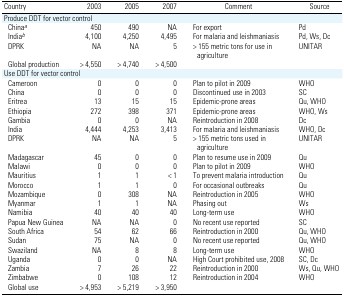
| Country | 2003 | 2005 | 2007 | Comment | Source |
 | --- | --- | --- | --- | --- | --- |
 | <COLSPAN=6> Produce DDT for vector control |
 | Chinaa | 450 | 490 | NA | For export | Pd |
 | Indiab | 4,100 | 4,250 | 4,495 | For malaria and leishmaniasis | Pd, Ws, Dc |
 | DPRK | NA | NA | 5 | > 155 metric tons for use in agriculture | UNITAR |
 | Global production | > 4,550 | > 4,740 | > 4,500 |  |  |
 | <COLSPAN=6> Use DDT for vector control |
 | Cameroon | 0 | 0 | 0 | Plan to pilot in 2009 | WHO |
 | China | 0 | 0 | 0 | Discontinued use in 2003 | SC |
 | Eritrea | 13 | 15 | 15 | Epidemic-prone areas | Qu, WHO |
 | Ethiopia | 272 | 398 | 371 | Epidemic-prone areas | WHO, Ws |
 | Gambia | 0 | 0 | NA | Reintroduction in 2008 | Dc |
 | India | 4,444 | 4,253 | 3,413 | For malaria and leishmaniasis | WHO, Dc |
 | DPRK | NA | NA | 5 | > 155 metric tons used in agriculture | UNITAR |
 | Madagascar | 45 | 0 | 0 | Plan to resume use in 2009 | Qu |
 | Malawi | 0 | 0 | 0 | Plan to pilot in 2009 | WHO |
 | Mauritius | 1 | 1 | < 1 | To prevent malaria introduction | Qu |
 | Morocco | 1 | 1 | 0 | For occasional outbreaks | Qu |
 | Mozambique | 0 | 308 | NA | Reintroduction in 2005 | WHO |
 | Myanmar | 1 | 1 | NA | Phasing out | Ws |
 | Namibia | 40 | 40 | 40 | Long-term use | WHO |
 | Papua New Guinea | NA | NA | 0 | No recent use reported | SC |
 | South Africa | 54 | 62 | 66 | Reintroduction in 2000 | Qu, WHO |
 | Sudan | 75 | NA | 0 | No recent use reported | Qu, WHO |
 | Swaziland | NA | 8 | 8 | Long-term use | WHO |
 | Uganda | 0 | 0 | NA | High Court prohibited use, 2008 | SC, Dc |
 | Zambia | 7 | 26 | 22 | Reintroduction in 2000 | Ws, Qu, WHO |
 | Zimbabwe | 0 | 108 | 12 | Reintroduction in 2004 | WHO |
 | Global use | > 4,953 | > 5,219 | > 3,950 |  |  |